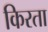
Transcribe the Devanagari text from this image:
किरता